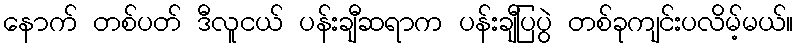
နောက် တစ်ပတ် ဒီလူငယ် ပန်းချီဆရာက ပန်းချီပြပွဲ တစ်ခုကျင်းပလိမ့်မယ်။